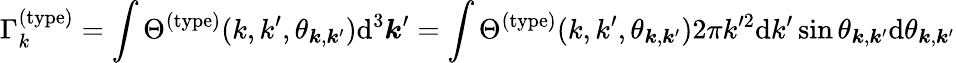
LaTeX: \Gamma_{k}^{(\mathrm{type})}=\int\Theta^{(\mathrm{type})}(k,k^{\prime},\theta_{\boldsymbol{k},\boldsymbol{k}^{\prime}})\mathrm{d}^{3}\boldsymbol{k}^{\prime}=\int\Theta^{(\mathrm{type})}(k,k^{\prime},\theta_{\boldsymbol{k},\boldsymbol{k}^{\prime}})2\pi k^{\prime 2}\mathrm{d}k^{\prime}\sin\theta_{\boldsymbol{k},\boldsymbol{k}^{\prime}}\mathrm{d}\theta_{\boldsymbol{k},\boldsymbol{k}^{\prime}}